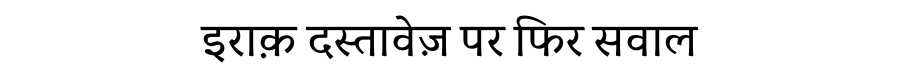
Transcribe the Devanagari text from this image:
इराक़ दस्तावेज़ पर फिर सवाल